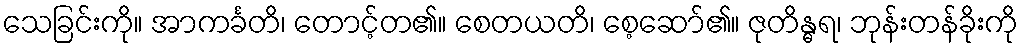
သေခြင်းကို။ အာကင်္ခတိ၊ တောင့်တ၏။ စေတယတိ၊ စေ့ဆော်၏။ ဇုတိန္ဓရ၊ ဘုန်းတန်ခိုးကို